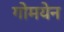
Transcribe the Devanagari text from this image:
गोमयेन